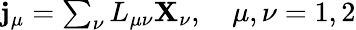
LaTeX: \begin{array}{r}{\mathbf j_{\mu}=\sum_{\nu}L_{\mu\nu}\mathbf X_{\nu},\quad\mu,\nu=1,2}\end{array}